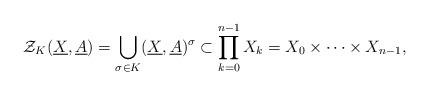
LaTeX: \begin{align*}\mathcal{Z}_K(\underline{X},\underline{A})=\bigcup_{\sigma\in K}(\underline{X},\underline{A})^{\sigma}\subset \prod_{k=0}^{n-1}X_k=X_0\times \cdots \times X_{n-1},\end{align*}